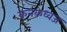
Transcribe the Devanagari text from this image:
कनकध्वज